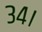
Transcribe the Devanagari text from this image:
३४।